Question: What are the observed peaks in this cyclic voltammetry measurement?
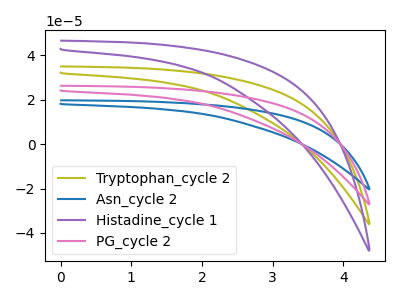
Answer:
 <answer>The olive curve "Tryptophan_cycle 2" has no peaks. The blue curve "Asn_cycle 2" has no peaks. The purple curve "Histadine_cycle 1" has no peaks. The pink curve "PG_cycle 2" has no peaks.</answer>
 <eval></eval>